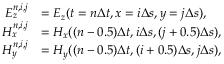
\begin{array} { r l } { E _ { z } ^ { n , i , j } } & { = E _ { z } ( t = n \Delta t , x = i \Delta s , y = j \Delta s ) , } \\ { H _ { x } ^ { n , i , j } } & { = H _ { x } ( ( n - 0 . 5 ) \Delta t , i \Delta s , ( j + 0 . 5 ) \Delta s ) , } \\ { H _ { y } ^ { n , i , j } } & { = H _ { y } ( ( n - 0 . 5 ) \Delta t , ( i + 0 . 5 ) \Delta s , j \Delta s ) , } \end{array}